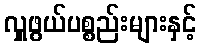
လှူဖွယ်ပစ္စည်းများနှင့်